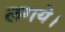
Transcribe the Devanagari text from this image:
लगये।